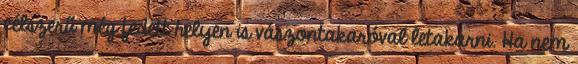
célszerű még fedett helyen is vászontakaróval letakarni. Ha nem